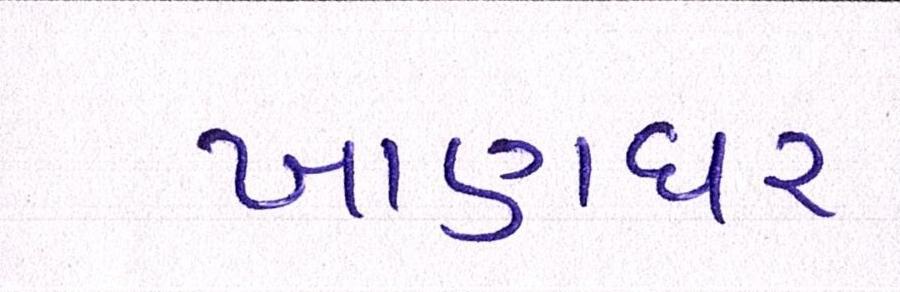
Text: ખાણધર